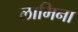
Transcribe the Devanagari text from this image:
लामिना